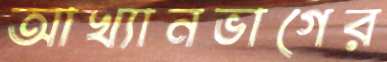
আখ্যানভাগের